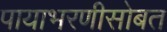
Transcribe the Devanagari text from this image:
पायाभरणीसोबत